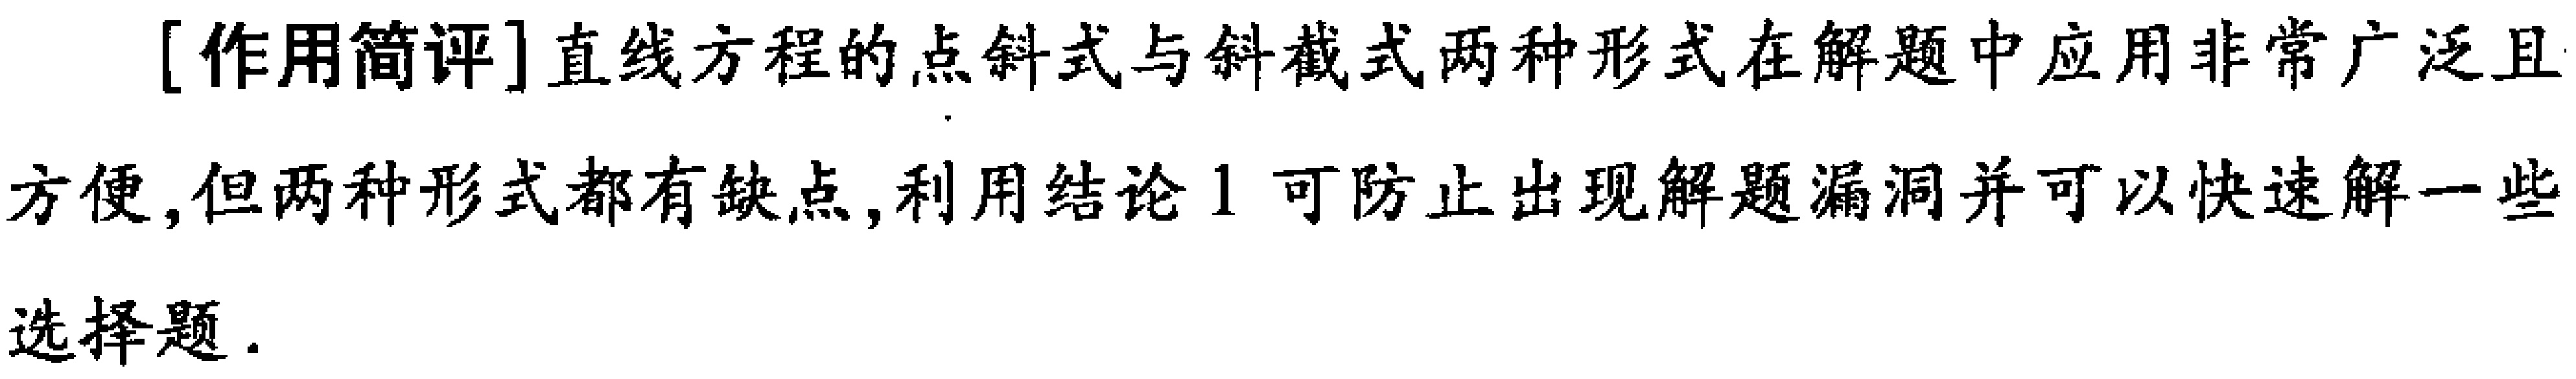
[作用简评]直线方程的点斜式与斜截式两种形式在解题中应用非常广泛且
方便,但两种形式都有缺点,利用结论1可防止出现解题漏洞并可以快速解一些
选择题.